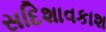
સદિશાવકાશ